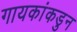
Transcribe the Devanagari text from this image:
गायकांकडुन